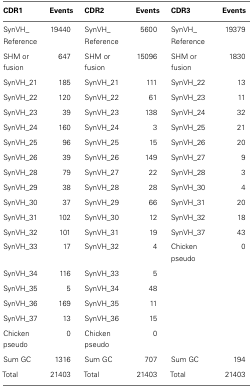
<table><thead><tr><td><b>CDR1</b></td><td><b>Events</b></td><td><b>CDR2</b></td><td><b>Events</b></td><td><b>CDR3</b></td><td><b>Events</b></td></tr></thead><tbody><tr><td>SynVH_ Reference</td><td>19440</td><td>SynVH_ Reference</td><td>5600</td><td>SynVH_ Reference</td><td>19379</td></tr><tr><td>SHM or fusion</td><td>647</td><td>SHM or fusion</td><td>15096</td><td>SHM or fusion</td><td>1830</td></tr><tr><td>SynVH_21</td><td>185</td><td>SynVH_21</td><td>111</td><td>SynVH_22</td><td>13</td></tr><tr><td>SynVH_22</td><td>120</td><td>SynVH_22</td><td>61</td><td>SynVH_23</td><td>11</td></tr><tr><td>SynVH_23</td><td>39</td><td>SynVH_23</td><td>138</td><td>SynVH_24</td><td>32</td></tr><tr><td>SynVH_24</td><td>160</td><td>SynVH_24</td><td>3</td><td>SynVH_25</td><td>21</td></tr><tr><td>SynVH_25</td><td>96</td><td>SynVH_25</td><td>15</td><td>SynVH_26</td><td>20</td></tr><tr><td>SynVH_26</td><td>39</td><td>SynVH_26</td><td>149</td><td>SynVH_27</td><td>9</td></tr><tr><td>SynVH_28</td><td>79</td><td>SynVH_27</td><td>22</td><td>SynVH_28</td><td>3</td></tr><tr><td>SynVH_29</td><td>38</td><td>SynVH_28</td><td>28</td><td>SynVH_30</td><td>4</td></tr><tr><td>SynVH_30</td><td>37</td><td>SynVH_29</td><td>66</td><td>SynVH_31</td><td>20</td></tr><tr><td>SynVH_31</td><td>102</td><td>SynVH_30</td><td>12</td><td>SynVH_32</td><td>18</td></tr><tr><td>SynVH_32</td><td>101</td><td>SynVH_31</td><td>19</td><td>SynVH_37</td><td>43</td></tr><tr><td>SynVH_33</td><td>17</td><td>SynVH_32</td><td>4</td><td>Chicken pseudo</td><td>0</td></tr><tr><td>SynVH_34</td><td>116</td><td>SynVH_33</td><td>5</td><td></td><td></td></tr><tr><td>SynVH_35</td><td>5</td><td>SynVH_34</td><td>48</td><td></td><td></td></tr><tr><td>SynVH_36</td><td>169</td><td>SynVH_35</td><td>11</td><td></td><td></td></tr><tr><td>SynVH_37</td><td>13</td><td>SynVH_36</td><td>15</td><td></td><td></td></tr><tr><td>Chicken pseudo</td><td>0</td><td>Chicken pseudo</td><td>0</td><td></td><td></td></tr><tr><td>Sum GC</td><td>1316</td><td>Sum GC</td><td>707</td><td>Sum GC</td><td>194</td></tr><tr><td>Total</td><td>21403</td><td>Total</td><td>21403</td><td>Total</td><td>21403</td></tr></tbody></table>